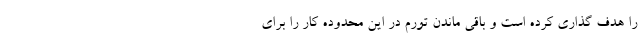
را هدف گذاری کرده است و باقی ماندن تورم در این محدوده کار را برای